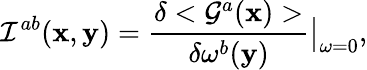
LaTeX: {\cal I}^{ab}({\mathbf x},{\mathbf y})=\frac{\delta<{\cal G}^{a}({\mathbf x})>}{\delta\omega^{b}({\mathbf y})}\big\vert_{\omega=0},